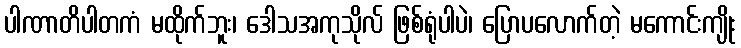
ပါဏာတိပါတကံ မထိုက်ဘူး၊ ဒေါသအကုသိုလ် ဖြစ်ရုံပါပဲ၊ ပြောပလောက်တဲ့ မကောင်းကျိုး